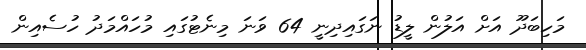
މަހިބަދޫ އަށް އަލުން ލީޑު ނަގައިދިނީ 64 ވަނަ މިނެޓުގައި މުހައްމަދު ހުސެއިން